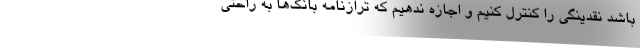
باشد نقدینگی را کنترل کنیم و اجازه ندهیم که ترازنامه بانک‌ها به راحتی